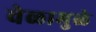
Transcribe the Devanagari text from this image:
वेळामुळे